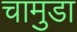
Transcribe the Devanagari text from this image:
चामुडा